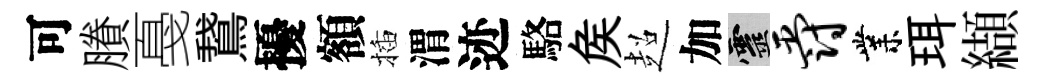
可賸戞鵞擾額插渭迹駱矦超加靈爵業珥纈